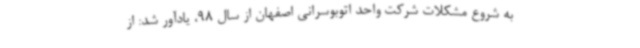
به شروع مشکلات شرکت واحد اتوبوسرانی اصفهان از سال 98، یادآور شد: از